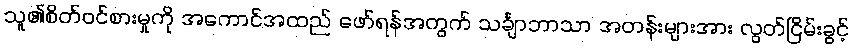
သူ၏စိတ်ဝင်စားမှုကို အကောင်အထည် ဖော်ရန်အတွက် သင်္ချာဘာသာ အတန်းများအား လွတ်ငြိမ်းခွင့်